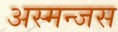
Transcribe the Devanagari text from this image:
अस्मन्जस